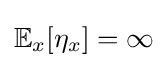
\mathbb {E} _{x}[\eta _{x}]=\infty